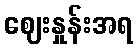
ဈေးနှုန်းအရ